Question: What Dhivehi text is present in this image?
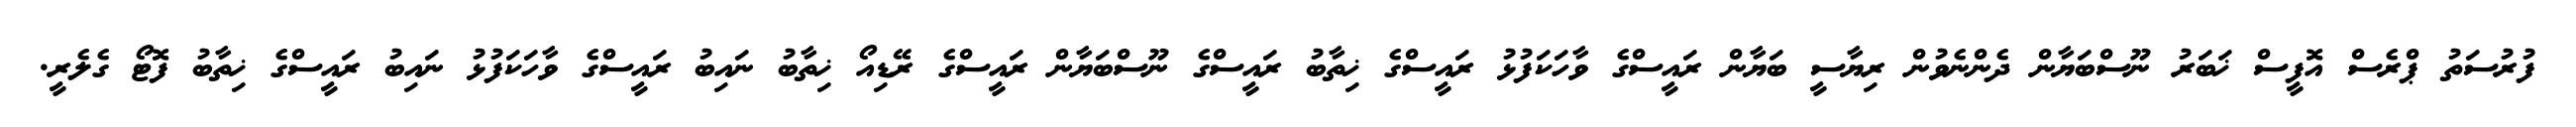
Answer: ފުރުސަތު ޕްރެސް އޮފީސް ޚަބަރު ނޫސްބަޔާން ދެންނެވުން ރިޔާސީ ބަޔާން ރައީސްގެ ވާހަކަފުޅު ރައީސްގެ ޚިތާބު ރައީސްގެ ނޫސްބަޔާން ރައީސްގެ ރޭޑިއޯ ޚިތާބު ނައިބު ރައީސްގެ ވާހަކަފުޅު ނައިބު ރައީސްގެ ޚިތާބު ފޮޓޯ ގެލެރީ.